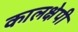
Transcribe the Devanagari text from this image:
कालक्षेपी